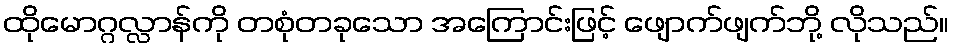
ထိုမောဂ္ဂလ္လာန်ကို တစုံတခုသော အကြောင်းဖြင့် ဖျောက်ဖျက်ဘို့ လိုသည်။